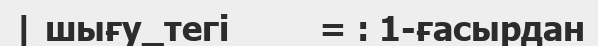
| шығу_тегі         = : 1-ғасырдан